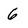
Character: 6